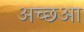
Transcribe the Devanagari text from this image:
अच्छआ